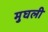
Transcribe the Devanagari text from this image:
मुघली